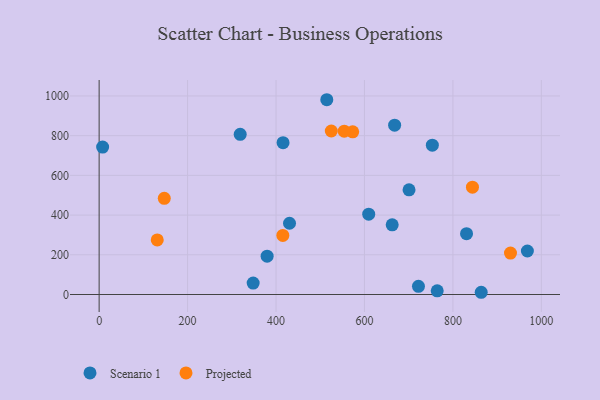
{"axis": {"x": "Study Hours", "y": "Profit"}, "legend": ["Projected", "Scenario 1"], "data": [{"x": "700.8", "y": 527.0, "type": "Scenario 1"}, {"x": "668.2", "y": 852.9, "type": "Scenario 1"}, {"x": "609.6", "y": 404.5, "type": "Scenario 1"}, {"x": "764.5", "y": 18.3, "type": "Scenario 1"}, {"x": "348.3", "y": 57.7, "type": "Scenario 1"}, {"x": "864.0", "y": 11.2, "type": "Scenario 1"}, {"x": "514.8", "y": 981.0, "type": "Scenario 1"}, {"x": "319.0", "y": 806.5, "type": "Scenario 1"}, {"x": "430.5", "y": 358.9, "type": "Scenario 1"}, {"x": "722.1", "y": 41.1, "type": "Scenario 1"}, {"x": "415.9", "y": 764.8, "type": "Scenario 1"}, {"x": "830.8", "y": 306.2, "type": "Scenario 1"}, {"x": "968.4", "y": 219.0, "type": "Scenario 1"}, {"x": "662.7", "y": 350.7, "type": "Scenario 1"}, {"x": "7.9", "y": 742.7, "type": "Scenario 1"}, {"x": "753.5", "y": 752.2, "type": "Scenario 1"}, {"x": "379.9", "y": 192.8, "type": "Scenario 1"}, {"x": "573.4", "y": 819.3, "type": "Projected"}, {"x": "525.0", "y": 823.5, "type": "Projected"}, {"x": "554.3", "y": 822.5, "type": "Projected"}, {"x": "415.4", "y": 297.5, "type": "Projected"}, {"x": "844.2", "y": 540.6, "type": "Projected"}, {"x": "930.2", "y": 208.4, "type": "Projected"}, {"x": "131.4", "y": 275.0, "type": "Projected"}, {"x": "147.3", "y": 484.6, "type": "Projected"}]}